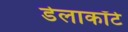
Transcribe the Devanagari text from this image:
डेलाकॉर्टे